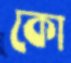
কো